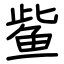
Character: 𫚖